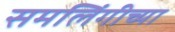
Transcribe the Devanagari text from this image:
समलिंगीच्या